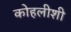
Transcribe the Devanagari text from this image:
कोहलीशी